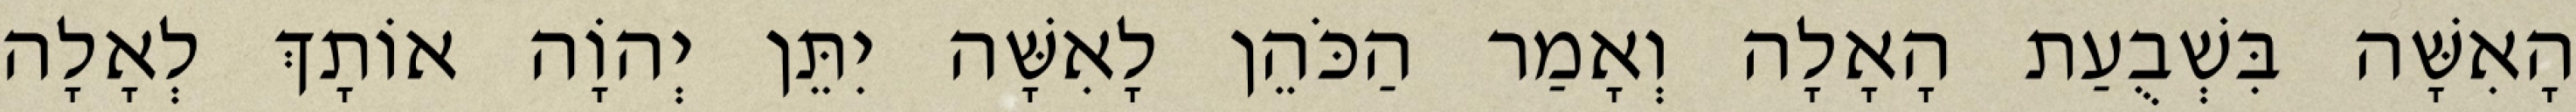
הָאִשָּׁה בִּשְׁבֻעַת הָאָלָה וְאָמַר הַכֹּהֵן לָאִשָּׁה יִתֵּן יְהוָֹה אוֹתָךְ לְאָלָה